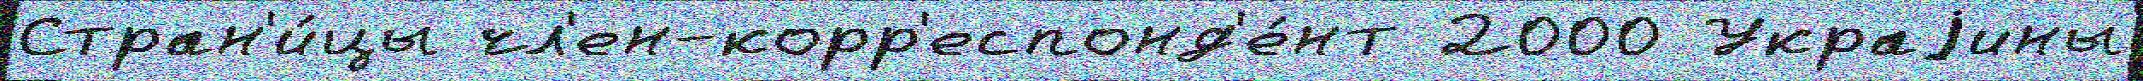
Стран'и́цы чл'ен-корр'еспонд'е́нт 2000 Украjины